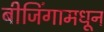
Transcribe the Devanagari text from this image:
बीजिंगामधून